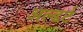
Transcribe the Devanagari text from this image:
अल्डर्ट